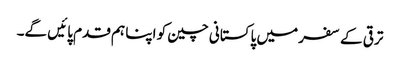
ترقی کے سفر میں پاکستانی چین کو اپنا ہم قدم پائیں گے۔